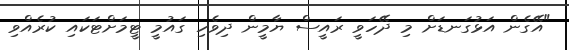
"އޭގެން އަޅުގަނޑަށް މި ދޭހަވީ ރައީސް ޔާމީން ދިވެހި ގައުމީ ޓީމަށްޓަކައި ކުރެއްވި